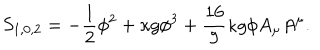
S _ { 1 , 0 , 2 } = - \frac { 1 } { 2 } \phi ^ { 2 } + \kappa g \phi ^ { 3 } + \frac { 1 6 } { 9 } \kappa g \phi A _ { \mu } A ^ { \mu } .